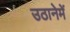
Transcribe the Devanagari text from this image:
उठानेमें